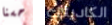
حسنا الكاديلاك